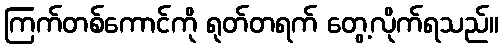
ကြက်တစ်ကောင်ကို ရုတ်တရက် တွေ့လိုက်ရသည်။